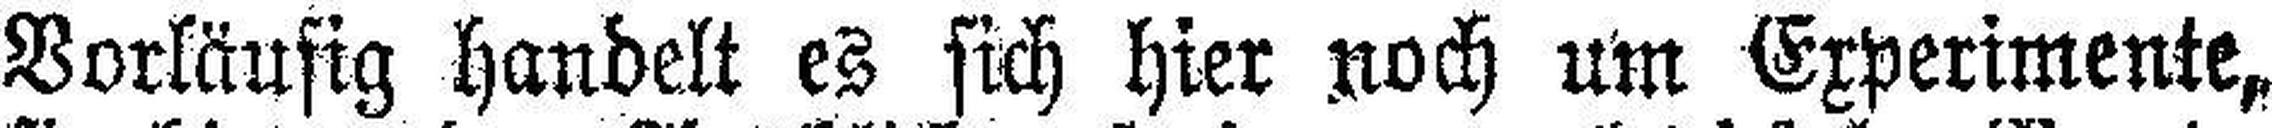
Vorläufig handelt es sich hier noch um Experimente,